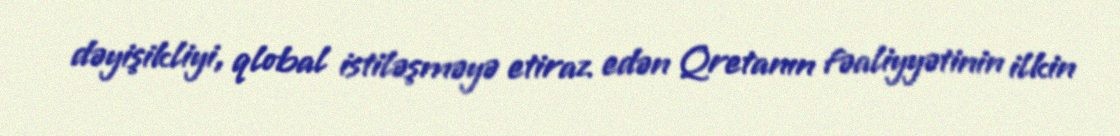
dəyişikliyi, qlobal istiləşməyə etiraz edən Qretanın fəaliyyətinin ilkin